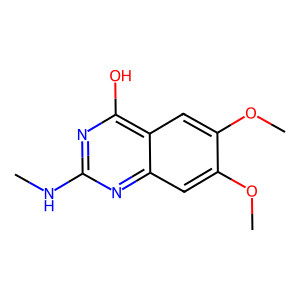
SMILES: CNc1nc(O)c2cc(OC)c(OC)cc2n1
Inhibits HIV replication: No